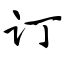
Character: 订